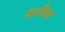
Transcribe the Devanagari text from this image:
अनौश